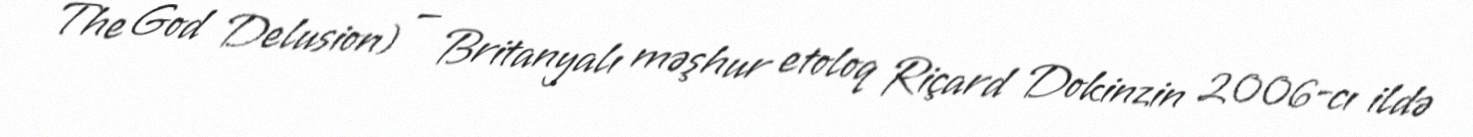
The God Delusion) — Britanyalı məşhur etoloq Riçard Dokinzin 2006-cı ildə